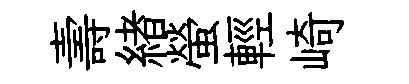
壽緖螢輕崎